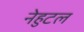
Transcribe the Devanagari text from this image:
नेहुटल